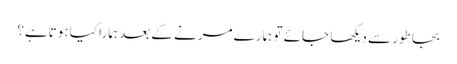
بجا طور سے دیکھا جائے تو ہمارے مرنے کے بعد ہمارا کیا ہوتاہے؟